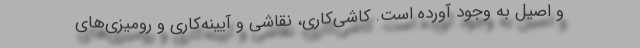
و اصیل به وجود آورده است. کاشی‌کاری، نقاشی و آیینه‌کاری و رومیزی‌های